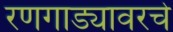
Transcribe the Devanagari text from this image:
रणगाड्यावरचे